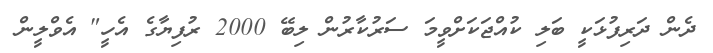
ދެން ދަރިފުޅަކީ ބަލި ކުއްޖަކަށްވީމަ ސަރުކާރުން ލިބޭ 2000 ރުފިޔާގެ އެހީ" އެވްލީން